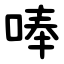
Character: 唪